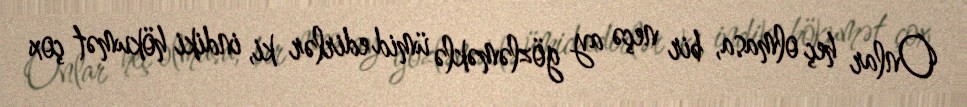
Onlar heç olmasa, bir neçə ay gözləməklə ümid edirlər ki, indiki hökumət çox